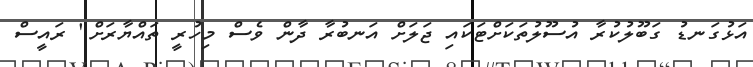
އަޅުގަނޑު ގަބޫލުކުރާ އުސޫލުތަކަށްޓަކައި ޖަލަށް އަނބުރާ ދާން ވެސް މިހުރީ ތައްޔާރަށް" ރައީސް